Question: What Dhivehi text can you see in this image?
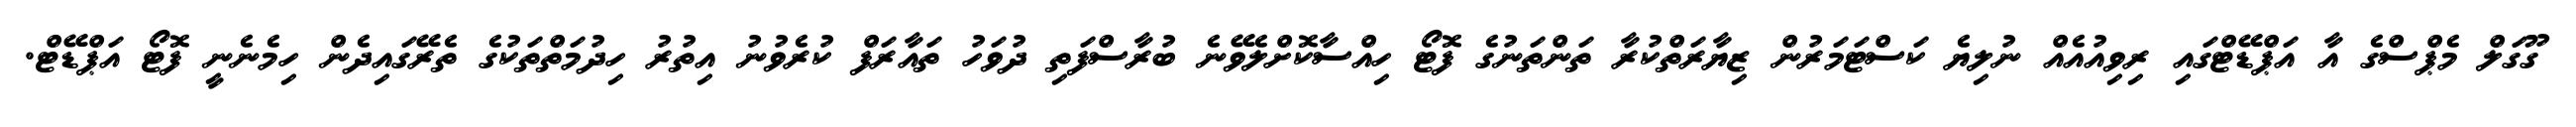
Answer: ގޫގަލް މެޕްސްގެ އާ އަޕްޑޭޓްގައި ރިވިއުއެއް ނުލިޔެ ކަސްޓަމަރުން ޒިޔާރަތްކުރާ ތަންތަނުގެ ފޮޓޯ ހިއްސާކޮށްލެވޭނެ ބުރާސްފަތި ދުވަހު ތައާރަފް ކުރެވުނު އިތުރު ހިދުމަތްތަކުގެ ތެރޭގައިދެން ހިމެނެނީ ފޮޓޯ އަޕްޑޭޓް.